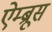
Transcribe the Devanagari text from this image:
ऐम्ब्रूस